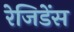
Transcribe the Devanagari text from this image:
रेजिडेंस